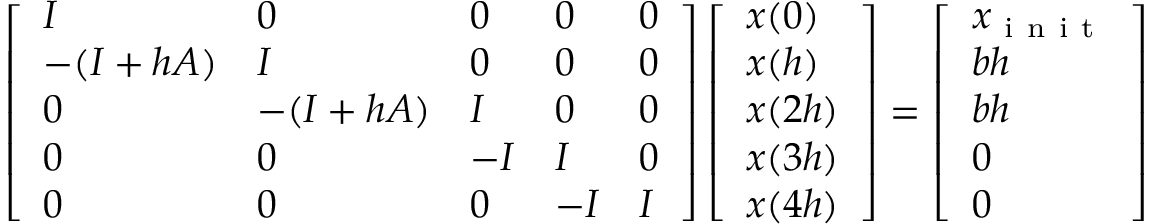
\left[ \begin{array} { l l l l l } { I } & { 0 } & { 0 } & { 0 } & { 0 } \\ { - ( I + h A ) } & { I } & { 0 } & { 0 } & { 0 } \\ { 0 } & { - ( I + h A ) } & { I } & { 0 } & { 0 } \\ { 0 } & { 0 } & { - I } & { I } & { 0 } \\ { 0 } & { 0 } & { 0 } & { - I } & { I } \end{array} \right] \left[ \begin{array} { l } { x ( 0 ) } \\ { x ( h ) } \\ { x ( 2 h ) } \\ { x ( 3 h ) } \\ { x ( 4 h ) } \end{array} \right] = \left[ \begin{array} { l } { x _ { \mathrm { ~ i ~ n ~ i ~ t ~ } } } \\ { b h } \\ { b h } \\ { 0 } \\ { 0 } \end{array} \right]